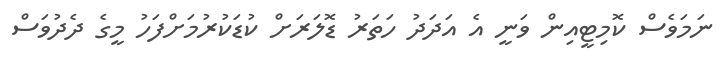
ނަމަވެސް ކޮމިޓީއިން ވަނީ އެ އަދަދު ހަތަރު ޑޮލަރަށް ކުޑަކުރުމަށްފަހު މީގެ ދެދުވަސް